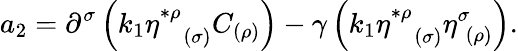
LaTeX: a_{2}=\partial^{\sigma}\left(k_{1}\eta_{\; \; \; (\sigma)}^{*\rho}C_{(\rho)}\right)-\gamma\left(k_{1}\eta_{\; \; \; (\sigma)}^{*\rho}\eta_{\; (\rho)}^{\sigma}\right).